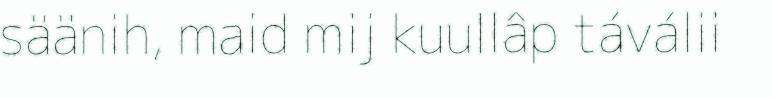
säänih, maid mij kuullâp táválii